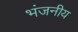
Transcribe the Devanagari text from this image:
भंजनीय